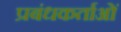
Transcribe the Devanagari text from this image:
प्रबंधकर्ताओं